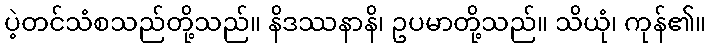
ပဲ့တင်သံစသည်တို့သည်။ နိဒဿနာနိ၊ ဥပမာတို့သည်။ သိယုံ၊ ကုန်၏။